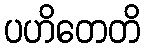
ပဟိတေတိ